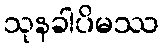
သုနခါပိမဿ